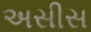
અસીસ